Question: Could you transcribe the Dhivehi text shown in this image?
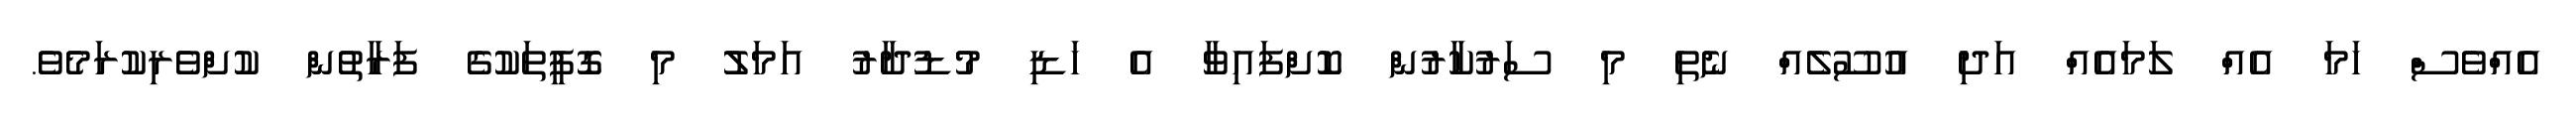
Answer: އެއްވެސް ހަމަ އެއް ލަމައެއް އަދި އުސޫލެއް ނެތި މި ސަރުކާރުން ކޮށްފައިވާ އެ ހަޑި މުޑުދާރު އަމަލު މި ގޮފީތަކުގެ ފަރާތުން ކުށްވެރިކުރަމެވެ.